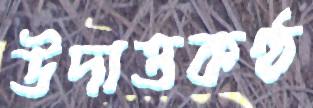
উদাত্তকণ্ঠ